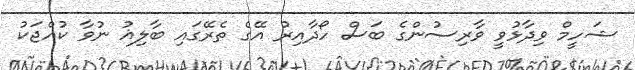
ޝަހީމް ވިދާޅުވީ ވާރިސުންގެ ބަސް ހޯދާއިރު އޭގެ ތެރޭގައި ބާލިޣު ނުވާ ކުއްޖަކު